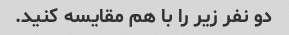
دو نفر زیر را با هم مقایسه کنید.